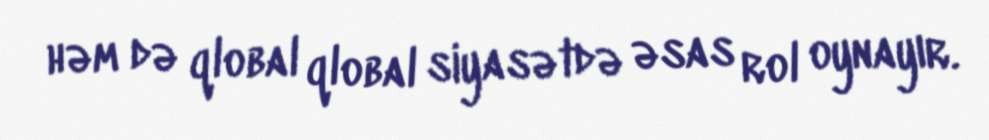
həm də qlobal qlobal siyasətdə əsas rol oynayır.